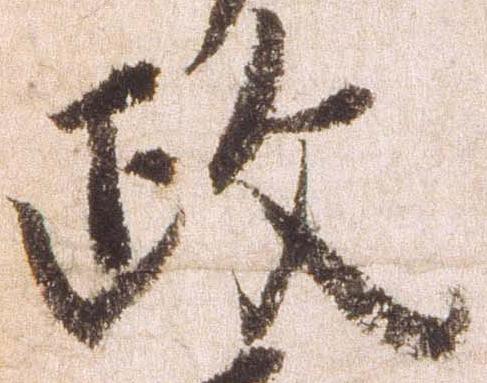
政